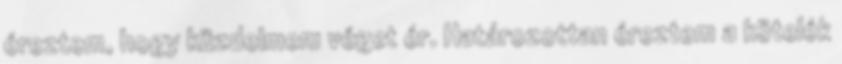
éreztem, hogy küzdelmem véget ér. Határozottan éreztem a kötelék